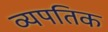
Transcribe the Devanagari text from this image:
व्यपतिक